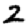
Digit: 2